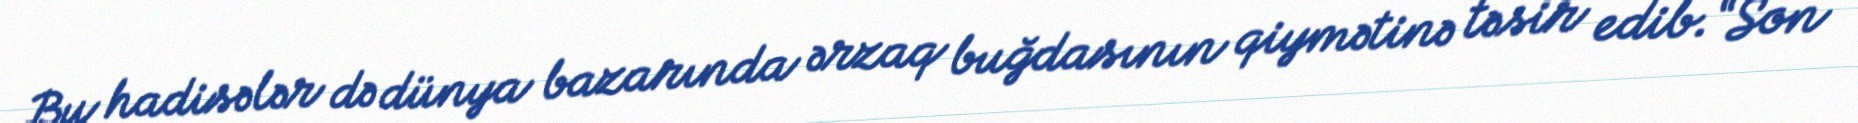
Bu hadisələr də dünya bazarında ərzaq buğdasının qiymətinə təsir edib.“Son